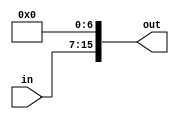
module zero_padd_9(in,out);

input [8:0] in;
output [15:0] out;

assign  out = {in[8:0],7'd0};

endmodule